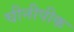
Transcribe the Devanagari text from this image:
चीनीपीक